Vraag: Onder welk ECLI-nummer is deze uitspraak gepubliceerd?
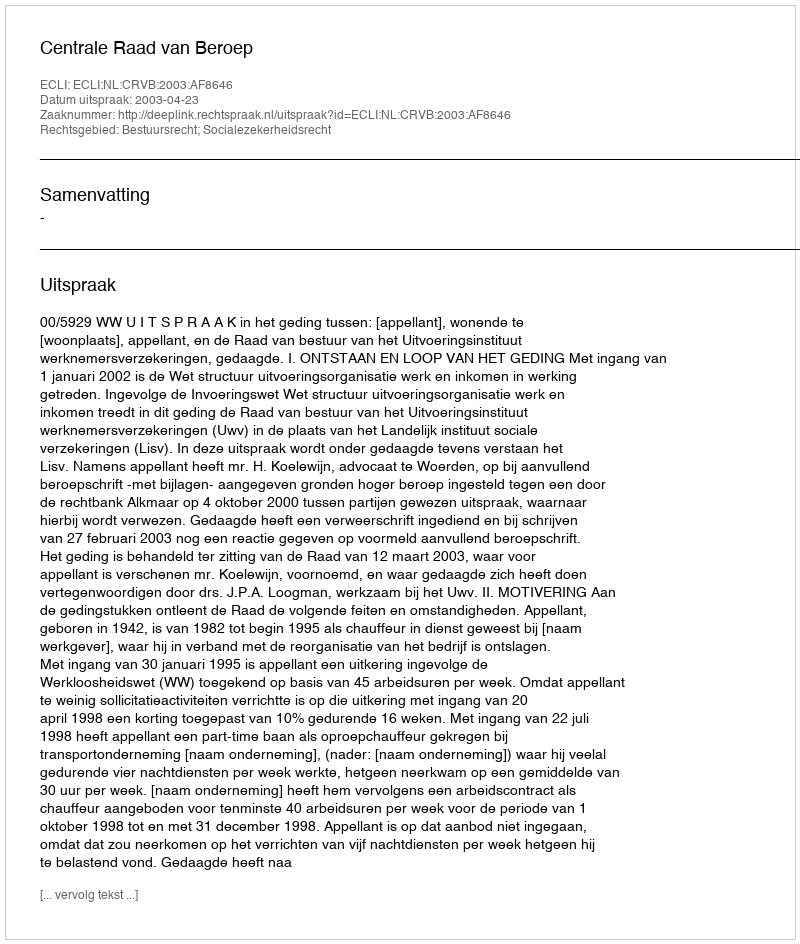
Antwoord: ECLI:NL:CRVB:2003:AF8646